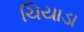
ચિયાડા